Scientific memoirs by medical officers of the Army of India - Part XII,
Year: 1901
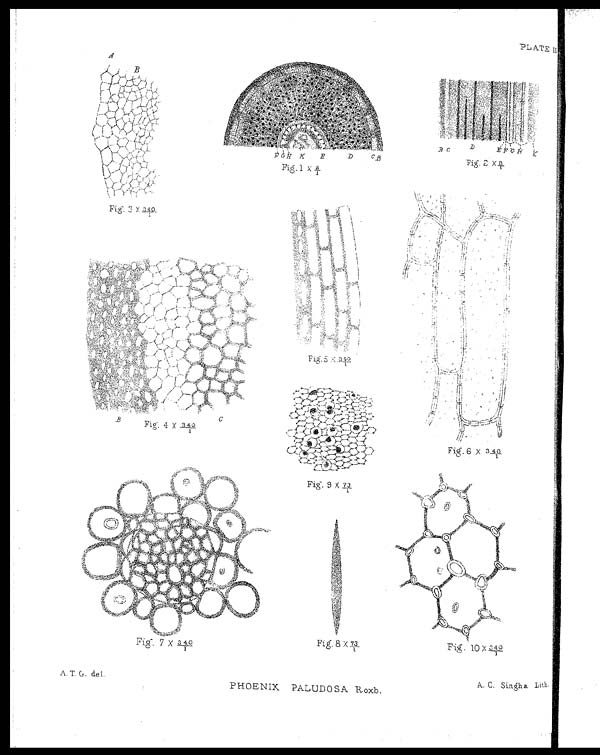
Fi g. 2 X 8/1
Fig. 10 X 340/1
PLATE II
Fig. 3 X 340/1
Fig. 5 X 340/1
F i g . 6 X 3 4 0 / 1
Fig. 9 X
73/1
Fig. 7 X 340/1
Fi g. 8 X 73/ 1
A. T. G. del.
PHOENIX PALUDOSA Roxb.